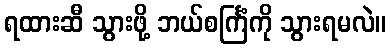
ရထားဆီ သွားဖို့ ဘယ်စင်္ကြံကို သွားရမလဲ။